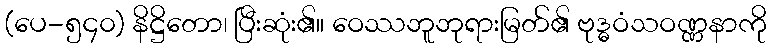
(ပေ-၅၄၀) နိဋ္ဌိတော၊ ပြီးဆုံး၏။ ဝေဿဘူဘုရားမြတ်၏ ဗုဒ္ဓဝံသဝဏ္ဏနာကို